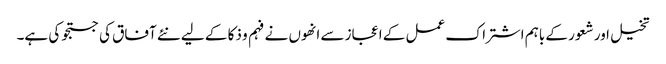
تخیل اور شعور کے باہم اشتراک عمل کے اعجاز سے انھوں نے فہم و ذکا کے لیے نئے آفاق کی جستجو کی ہے۔